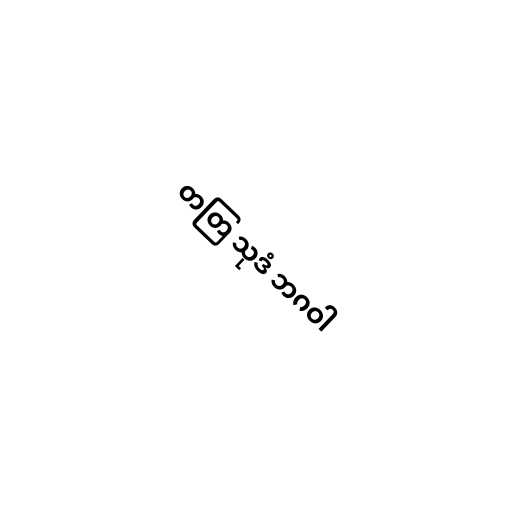
တတြ သုဒံ ဘဂဝါ